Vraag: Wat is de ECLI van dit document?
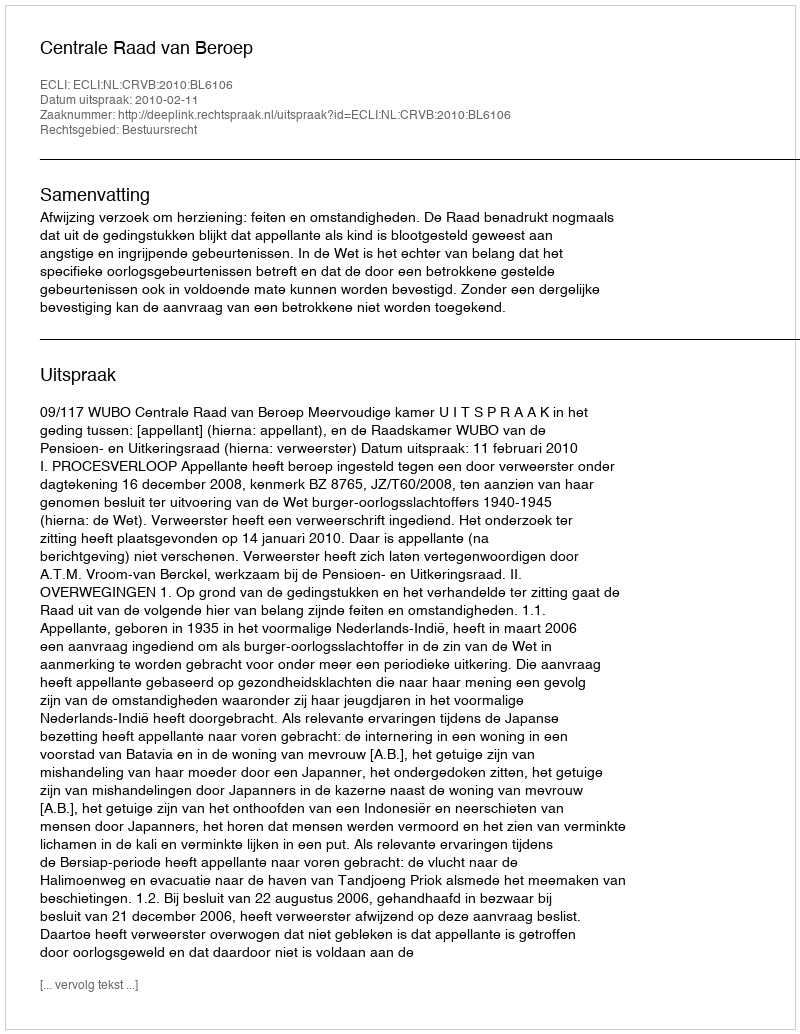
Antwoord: ECLI:NL:CRVB:2010:BL6106